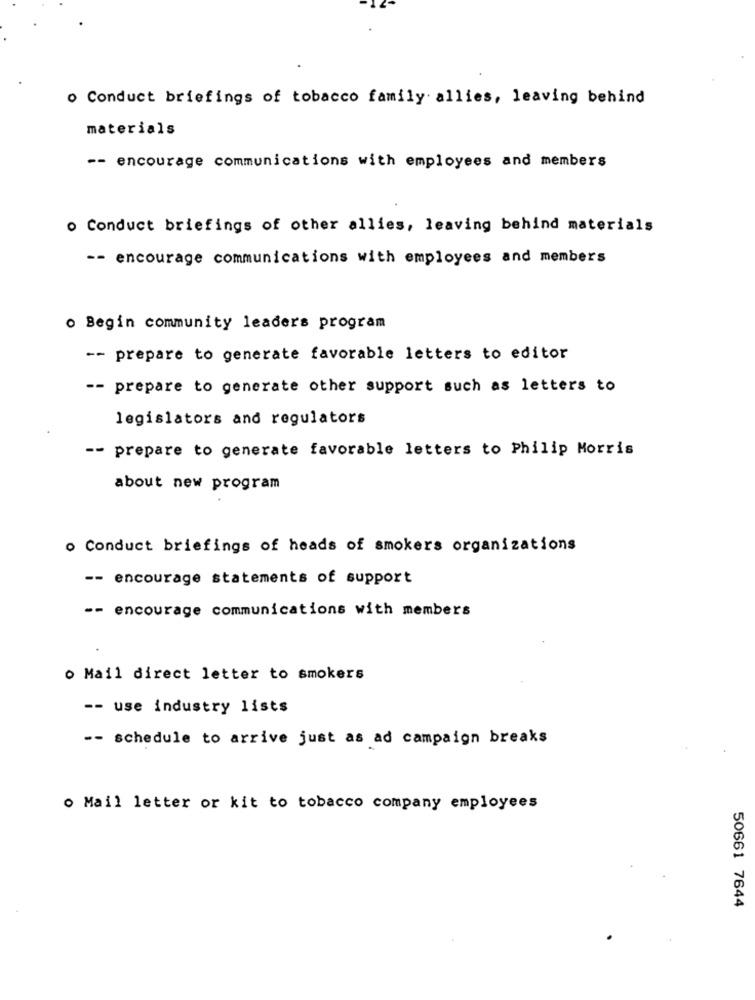
o Conduct briefings of tobacco family. allies, leaving behind
materials
-- encourage communications with employees and members
o Conduct briefings of other allies, leaving behind materials
-- encourage communications with employees and members
o Begin community leaders program
-- prepare to generate favorable letters to editor
-- prepare to generate other support such as letters to
legislators and regulators
-- prepare to generate favorable letters to Philip Morris
about new program
o Conduct briefings of heads of smokers organizations
-- encourage statements of support
-- encourage communications with members
o Mail direct letter to smokers
-- use industry lists
-- schedule to arrive just as ad campaign breaks
o Mail letter or kit to tobacco company employees
50661 7644